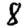
Digit: 8